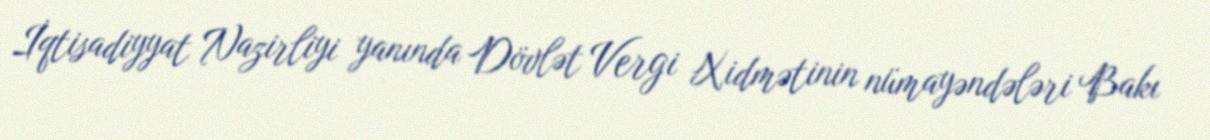
İqtisadiyyat Nazirliyi yanında Dövlət Vergi Xidmətinin nümayəndələri Bakı